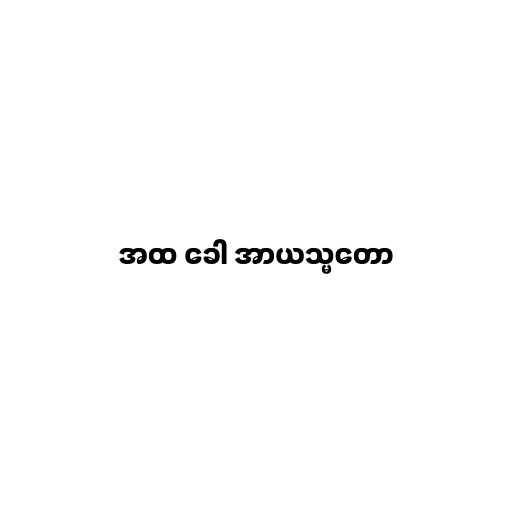
အထ ခေါ အာယသ္မတော